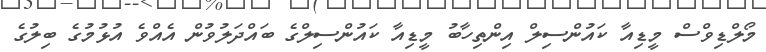
މޯލްޑިވްސް މީޑިއާ ކައުންސިލް އިންތިހާބު މީޑިއާ ކައުންސިލްގެ ބައްދަލުވުން އެއްވެ އުޅުމުގެ ބިލުގެ